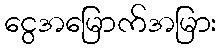
ငွေအမြောက်အမြား